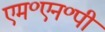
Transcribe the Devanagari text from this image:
एम॰एन॰पी